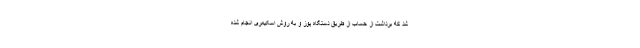
شد که برداشت از حساب از طریق دستگاه پوز و به روش اسکیمری انجام شده